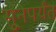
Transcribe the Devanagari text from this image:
सुूनेपर्यंत